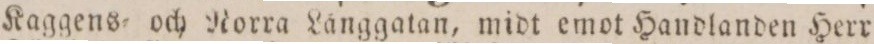
Kaggens= och Norra Långgatan, midt emot Handlanden Herr